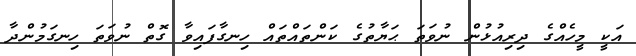
އަކީ މީހެއްގެ ދިރިއުޅުން ނުވަތަ ޙަޔާތުގެ ކަންތައްތައް ހިނގާފައިވާ ގޮތް ނުވަތަ ހިނގަމުންދާ